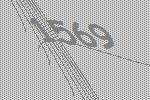
1569